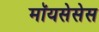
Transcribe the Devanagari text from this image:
मॉयसेसेस